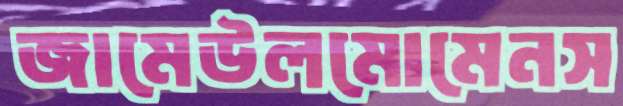
জামেউলমোমেনস